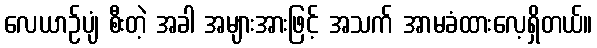
လေယာဉ်ပျံ စီးတဲ့ အခါ အများအားဖြင့် အသက် အာမခံထားလေ့ရှိတယ်။